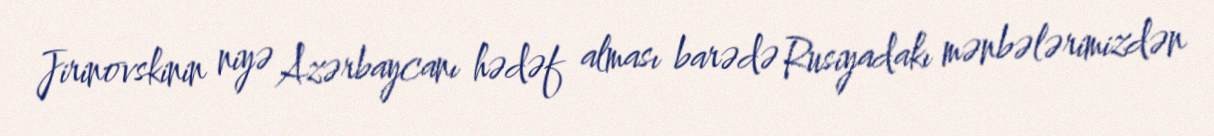
Jirinovskinin niyə Azərbaycanı hədəf alması barədə Rusiyadakı mənbələrimizdən